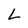
Character: L